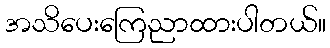
အသိပေးကြေညာထားပါတယ်။